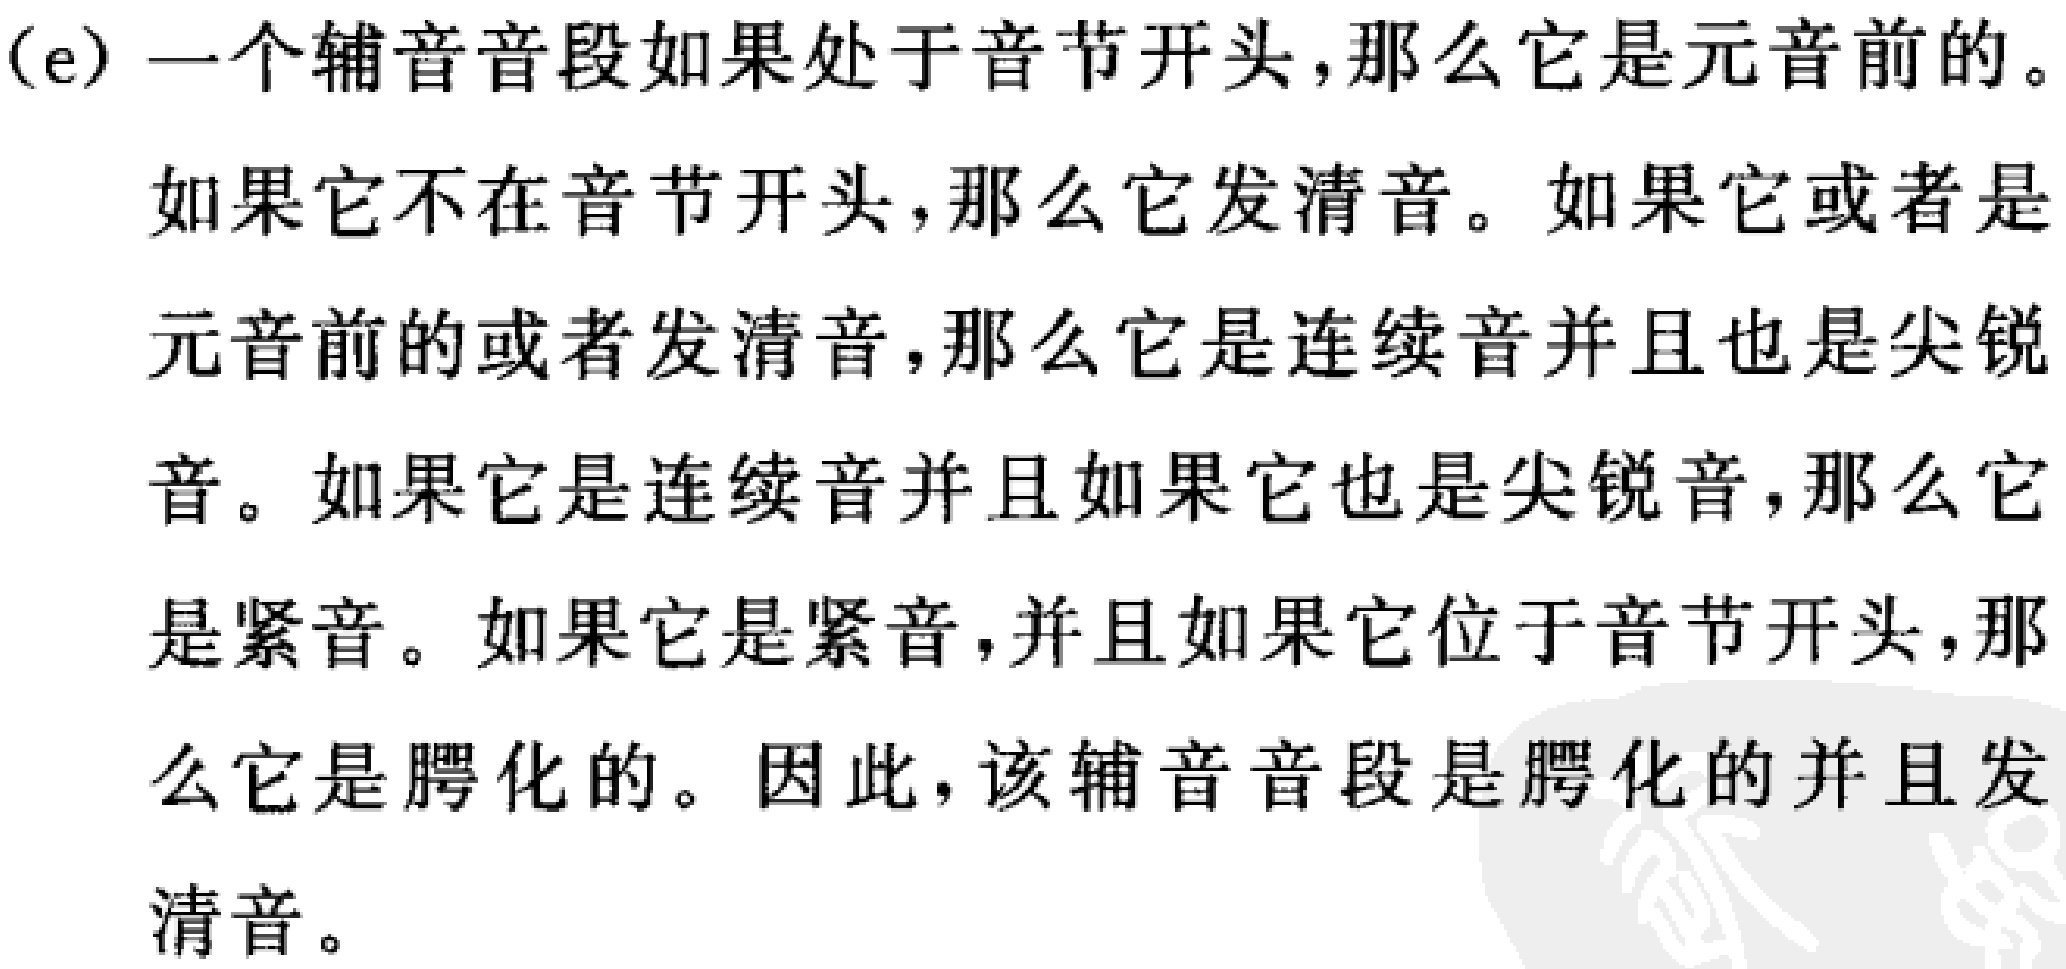
(e) 一个辅音音段如果处于音节开头,那么它是元音前的。
如果它不在音节开头,那么它发清音。如果它或者是
元音前的或者发清音,那么它是连续音并且也是尖锐
音。如果它是连续音并且如果它也是尖锐音,那么它
是紧音。如果它是紧音,并且如果它位于音节开头,那
么它是腭化的。因此,该辅音音段是腭化的并且发
清音。